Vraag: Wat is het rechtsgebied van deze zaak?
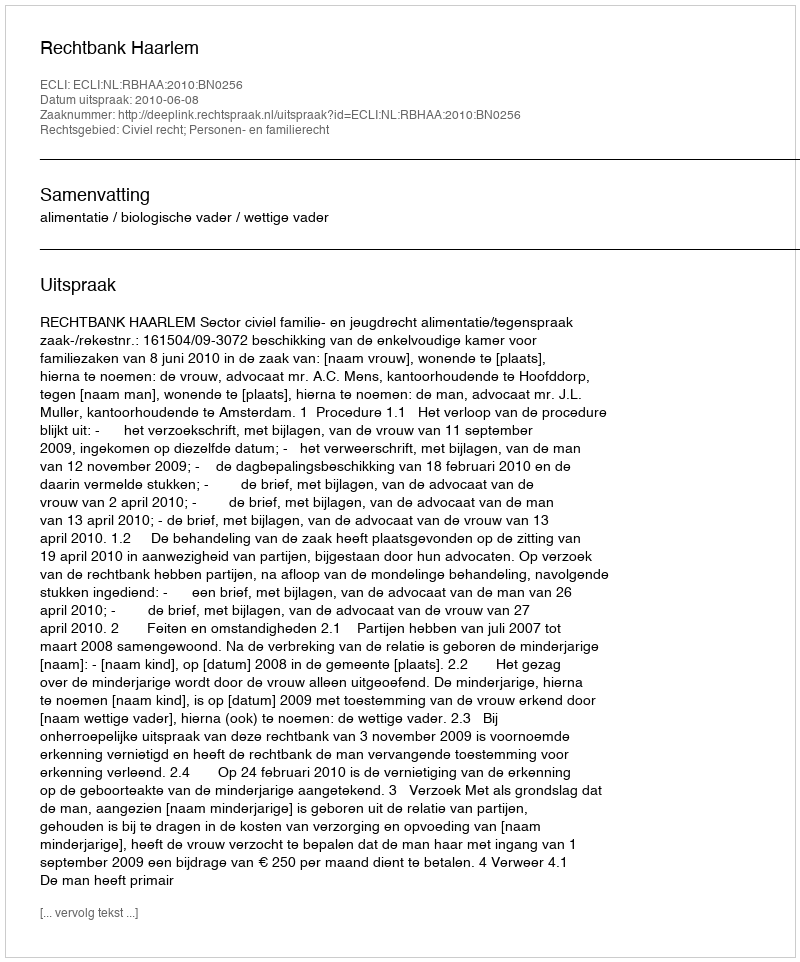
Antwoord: Civiel recht; Personen- en familierecht